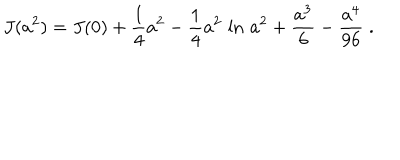
LaTeX: J ( a ^ { 2 } ) = J ( 0 ) + { \frac { 1 } { 4 } } a ^ { 2 } - { \frac { 1 } { 4 } } a ^ { 2 } \, \ln \, a ^ { 2 } + { \frac { a ^ { 3 } } { 6 } } - { \frac { a ^ { 4 } } { 9 6 } } \; .